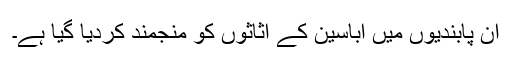
ان پابندیوں میں اباسین کے اثاثوں کو منجمند کردیا گیا ہے۔